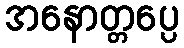
အနောတ္တပ္ပေ